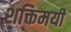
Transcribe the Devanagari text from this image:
शक्तिमयी